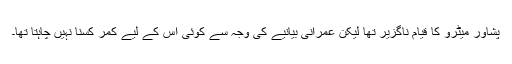
پشاور میٹرو کا قیام ناگزیر تھا لیکن عمرانی بیانیے کی وجہ سے کوئی اس کے لیے کمر کسنا نہیں چاہتا تھا۔